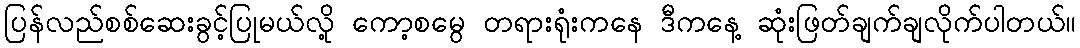
ပြန်လည်စစ်ဆေးခွင့်ပြုမယ်လို့ ကော့စမွေ တရားရုံးကနေ ဒီကနေ့ ဆုံးဖြတ်ချက်ချလိုက်ပါတယ်။